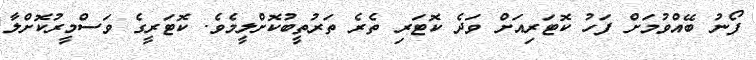
ފޯނު ބޭއްވުމަށް ފަހު ކޮޓަރިއަށް ވަދެ ކޮޓަރި ތެރެ ތަރުތީބުކޮށްލީމެވެ. ކޮޓަރީގެ ވަސްމީރުކޮށްލާ